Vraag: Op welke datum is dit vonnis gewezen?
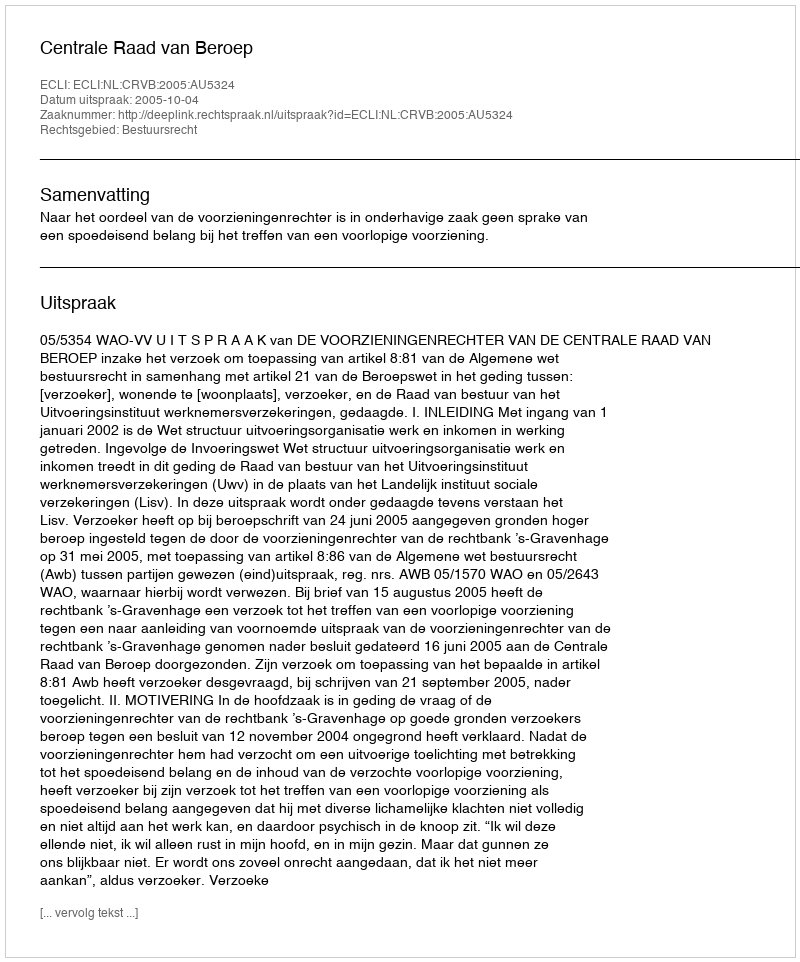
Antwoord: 2005-10-04